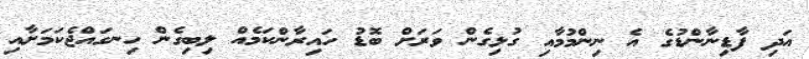
އަދި ފާޑިނާންޑުގެ އެ ނިންމުމާއި ގުޅިގެން ވަރަށް ބޮޑު ހައިރާންކަމެއް ލިބިގެން ހިނގައްޖެކަމަށާއި